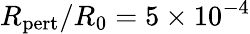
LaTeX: R_{\mathrm{pert}}/R_{0}=5\times 10^{-4}